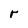
Character: r